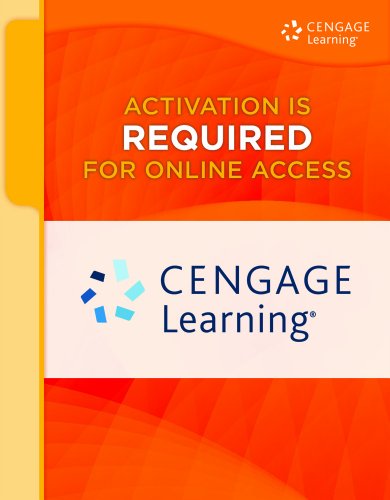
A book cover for dtiMetrics Printed Access Card: A+ Guide to Managing & Maintaining Your PC; Jean Andrews; Computers & Technology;